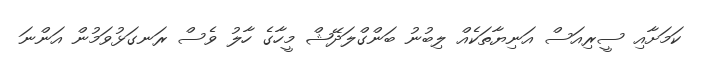
ކަމަށާއި ސީރިއަސް އަނިޔާތަކެއް ލިބުނު ބަންގްލަދޭޝް މީހާގެ ހާލު ވެސް ރަނގަޅުވަމުން އަންނަ